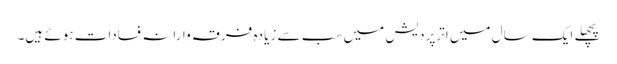
پچھلے ایک سال میں اترپردیش میں سب سے زیا دہ فرقہ وارانہ فسادات ہوئے ہیں۔